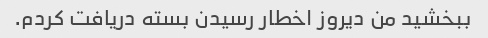
ببخشید من دیروز اخطار رسیدن بسته دریافت کردم.